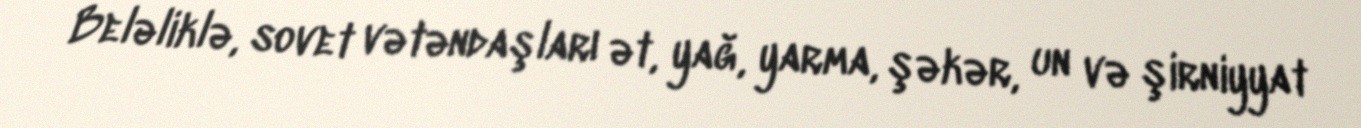
Beləliklə, sovet vətəndaşları ət, yağ, yarma, şəkər, un və şirniyyat